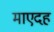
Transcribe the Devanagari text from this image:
माएदह